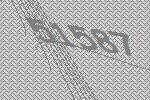
51587